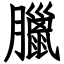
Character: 臘